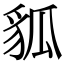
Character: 𧲲